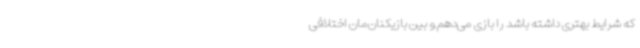
که شرایط بهتری داشته باشد را بازی می‌دهم و بین بازیکنان‌مان اختلافی